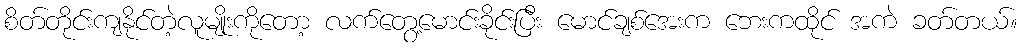
စိတ်တိုင်းကျနိုင်တဲ့လူမျိုးကိုတော့ လက်တွေ့မောင်းခိုင်းပြီး မောင်ချစ်အေးက ဘေးကထိုင် အကဲ ခတ်တယ်။